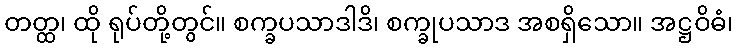
တတ္ထ၊ ထို ရုပ်တို့တွင်။ စက္ခပသာဒါဒိ၊ စက္ခုပသာဒ အစရှိသော။ အဋ္ဌဝိဓံ၊